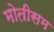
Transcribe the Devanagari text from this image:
मोतीसम